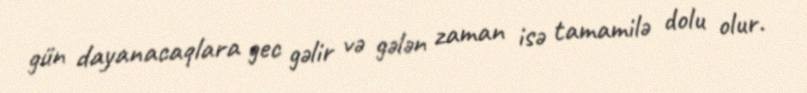
gün dayanacaqlara gec gəlir və gələn zaman isə tamamilə dolu olur.